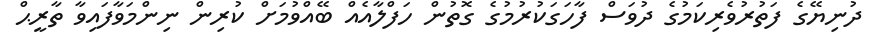
ދުނިޔޭގެ ފަތުރުވެރިކަމުގެ ދުވަސް ފާހަގަކުރުމުގެ ގޮތުން ހަފްލާއެއް ބޭއްވުމަށް ކުރިން ނިންމަވާފައިވާ ތާރީޙް